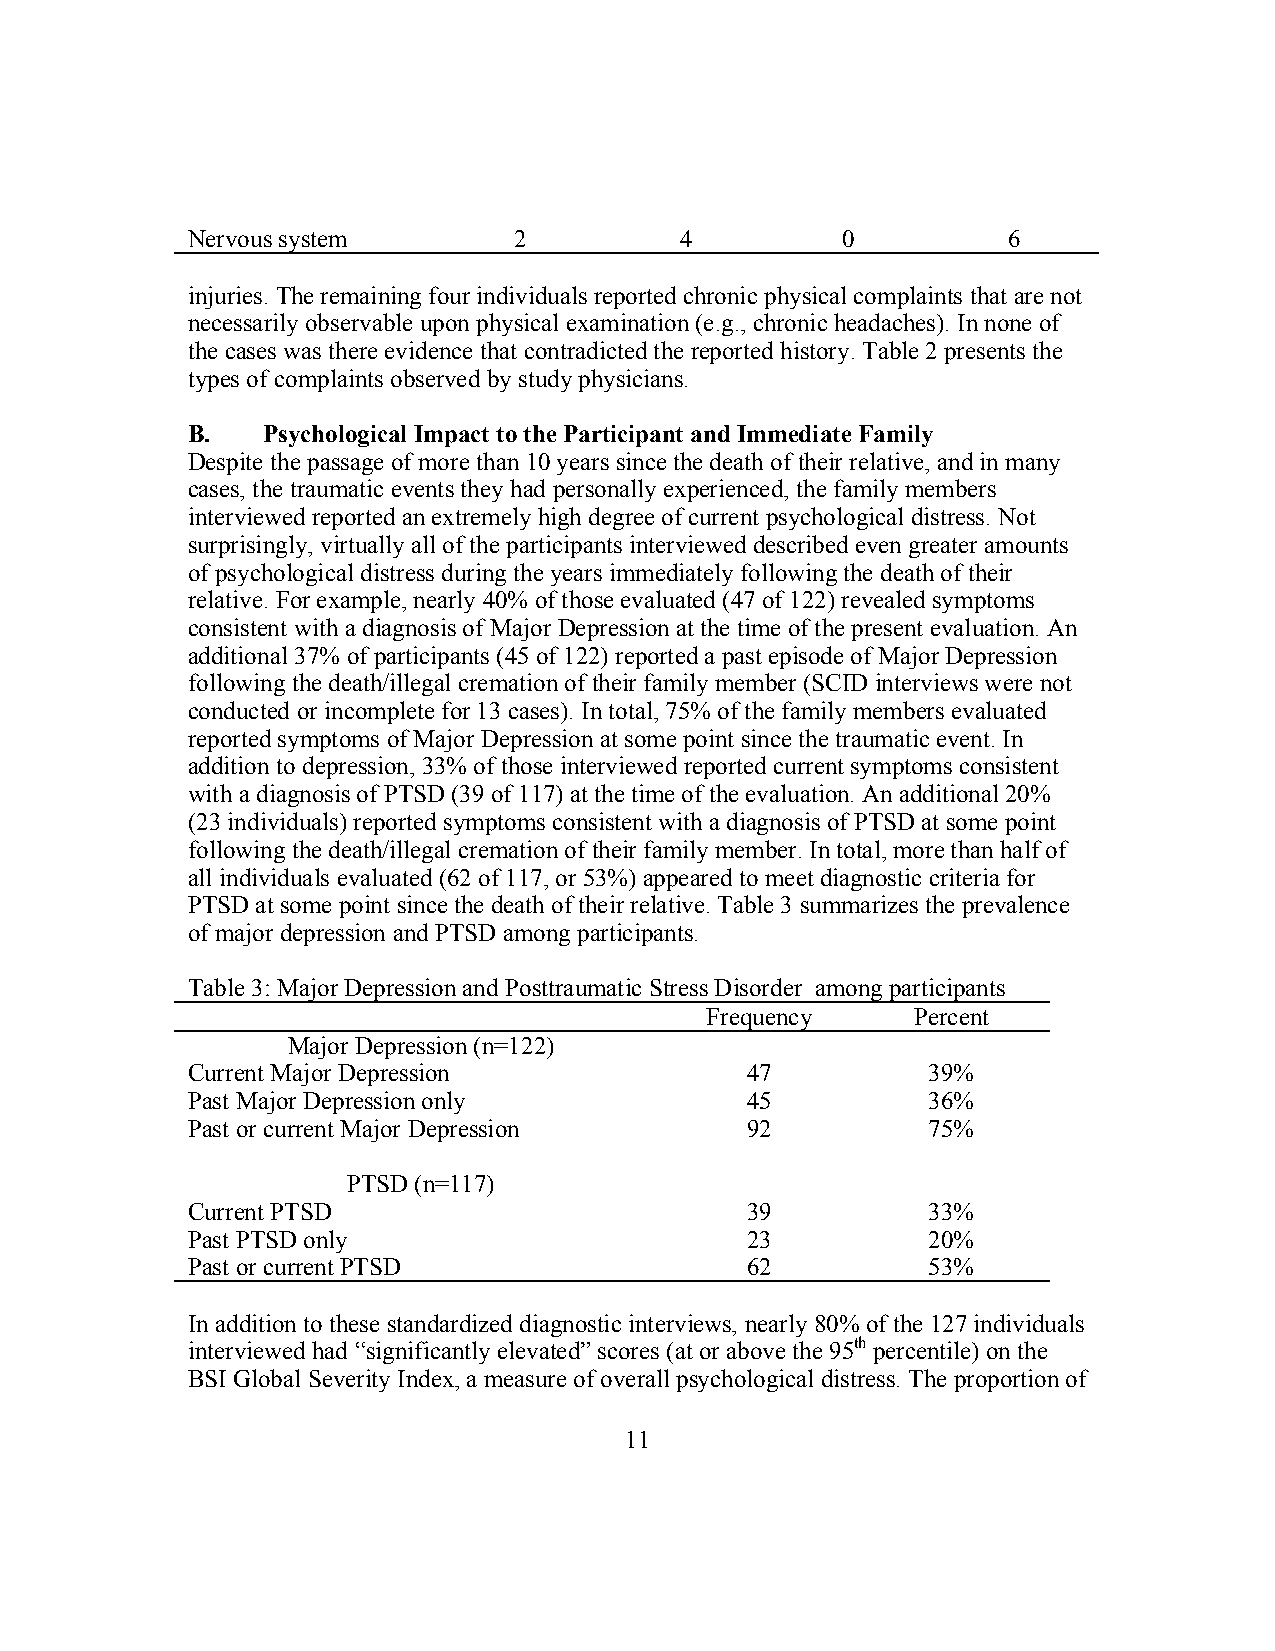
Nervous system        2          4          0          6
 injuries. The remaining four individuals reported chronic physical complaints that are not
 necessarily observable upon physical examination (e.g., chronic headaches). In none of
 the cases was there evidence that contradicted the reported history. Table 2 presents the
 types of complaints observed by study physicians.
 B.   Psychological Impact to the Participant and Immediate Family
 Despite the passage of more than 10 years since the death of their relative, and in many
 cases, the traumatic events they had personally experienced, the family members
 interviewed reported an extremely high degree of current psychological distress. Not
 surprisingly, virtually all of the participants interviewed described even greater amounts
 of psychological distress during the years immediately following the death of their
 relative. For example, nearly 40% of those evaluated (47 of 122) revealed symptoms
 consistent with a diagnosis of Major Depression at the time of the present evaluation. An
 additional 37% of participants (45 of 122) reported a past episode of Major Depression
 following the death/illegal cremation of their family member (SCID interviews were not
 conducted or incomplete for 13 cases). In total, 75% of the family members evaluated
 reported symptoms of Major Depression at some point since the traumatic event. In
 addition to depression, 33% of those interviewed reported current symptoms consistent
 with a diagnosis of PTSD (39 of 117) at the time of the evaluation. An additional 20%
 (23 individuals) reported symptoms consistent with a diagnosis of PTSD at some point
 following the death/illegal cremation of their family member. In total, more than half of
 all individuals evaluated (62 of 117, or 53%) appeared to meet diagnostic criteria for
 PTSD at some point since the death of their relative. Table 3 summarizes the prevalence
 of major depression and PTSD among participants.
 Table 3: Major Depression and Posttraumatic Stress Disorder among participants
 Frequency     Percent
 Major Depression (n=122)
 Current Major Depression             47          39%
 Past Major Depression only           45          36%
 Past or current Major Depression     92          75%
 PTSD (n=117)
 Current PTSD                         39          33%
 Past PTSD only                       23          20%
 Past or current PTSD                 62          53%
 In addition to these standardized diagnostic interviews, nearly 80% of the 127 individuals
 interviewed had “significantly elevated” scores (at or above the 95th percentile) on the
 BSI Global Severity Index, a measure of overall psychological distress. The proportion of
 11